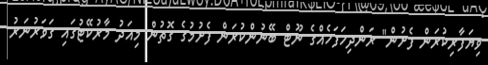
ވިޔަފާރިކުރަން ފެށުން" ރަންދިހަފަހެއްގެ ނޫޓް ބޭނުންކުރަން ފެށުމުގެ ގޮތުން މިއަދު މާރުކޭޓުގައި ގަވަރުނަރު